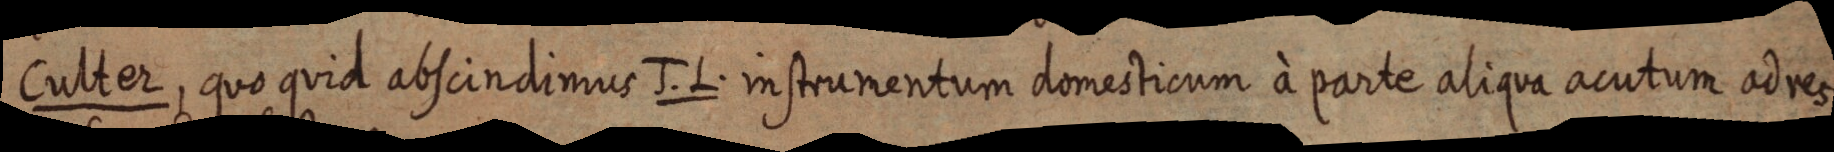
Culter, quo quid abscindimus J. L. instrumentum domesticum à parte aliqua acutum ad res